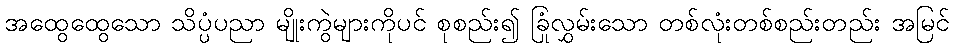
အထွေထွေသော သိပ္ပံပညာ မျိုးကွဲများကိုပင် စုစည်း၍ ခြုံလွှမ်းသော တစ်လုံးတစ်စည်းတည်း အမြင်